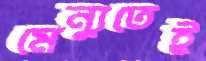
মেন্যুতেই